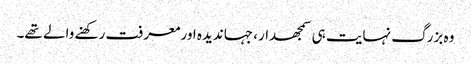
وہ بزرگ نہایت ہی سمجھدار، جہاندیدہ اورمعرفت رکھنے والے تھے۔